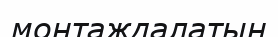
монтаждалатын